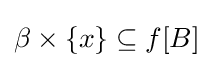
\beta \times \{x\}\subseteq f[B]